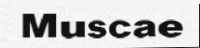
Muscae